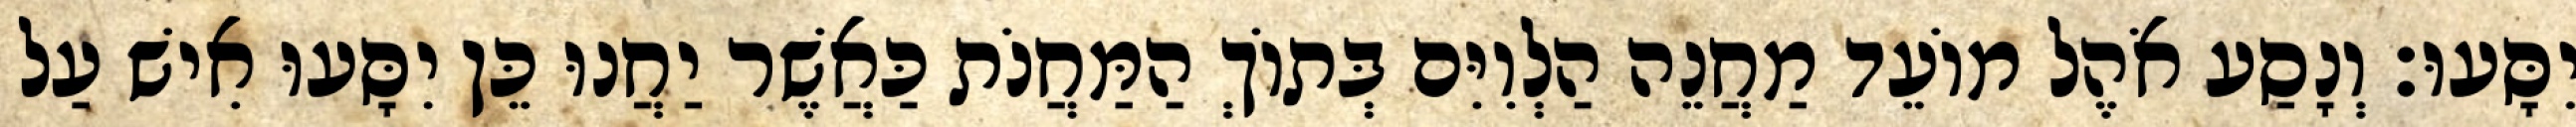
יִסָּעוּ׃ וְנָסַע אֹהֶל מוֹעֵד מַחֲנֵה הַלְוִיִּם בְּתוֹךְ הַמַּחֲנֹת כַּאֲשֶׁר יַחֲנוּ כֵּן יִסָּעוּ אִישׁ עַל